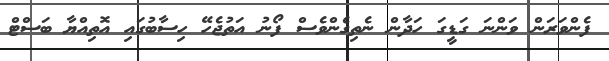
ފެންވަރަން ވަންނަ ގަޑީގަ ހަދާން ނެތިގެންވެސް ފޯނު އަތުޖެހޭ ހިސާބުގައި އޮތިއްޔާ ބަސްޓް